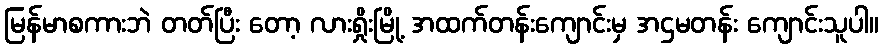
မြန်မာစကားဘဲ တတ်ပြီး တော့ လားရှိုးမြို့ အထက်တန်းကျောင်းမှ အဌမတန်း ကျောင်းသူပါ။